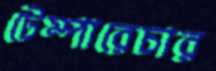
টেম্পারেচার